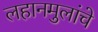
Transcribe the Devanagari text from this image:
लहानमुलांचे